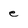
Character: e